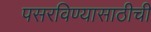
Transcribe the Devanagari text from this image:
पसरविण्यासाठीची